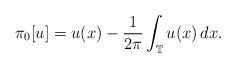
LaTeX: \begin{align*}\pi_0 [u]=u(x)-\frac{1}{2\pi}\int_{\mathbb{T}} u(x)\,dx.\end{align*}